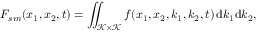
F _ { s m } ( x _ { 1 } , x _ { 2 } , t ) = \iint _ { \mathcal { K } \times \mathcal { K } } f ( x _ { 1 } , x _ { 2 } , k _ { 1 } , k _ { 2 } , t ) \, \mathrm { d } k _ { 1 } \mathrm { d } k _ { 2 } ,